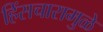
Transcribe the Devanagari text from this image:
हिंसचारामुळे